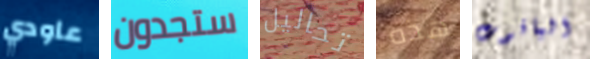
عاودي ستجدون تحاليل هذه الياقوت